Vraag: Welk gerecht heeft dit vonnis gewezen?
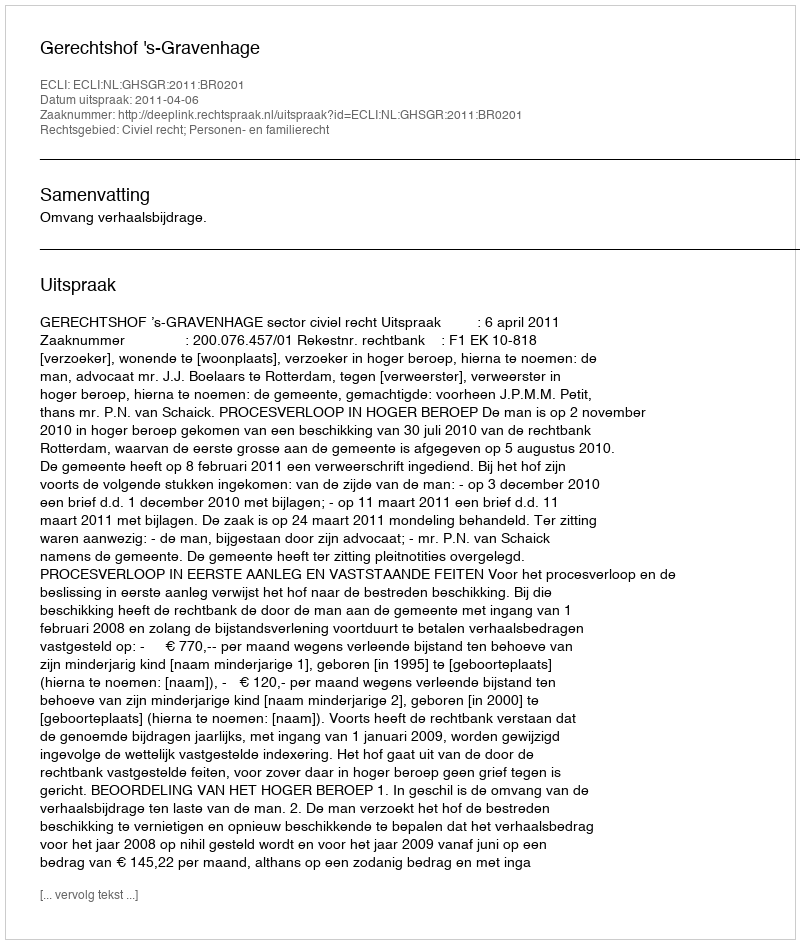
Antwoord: Gerechtshof 's-Gravenhage